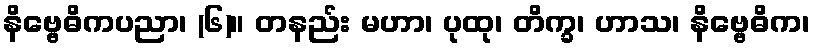
နိဗ္ဗေဓိကပညာ၊ (၆)။ တနည်း မဟာ၊ ပုထု၊ တိက္ခ၊ ဟာသ၊ နိဗ္ဗေဓိက၊